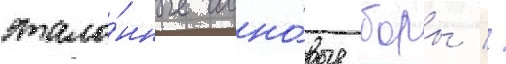
этало́нные сосно́вые боры //